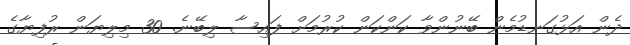
ދެން އަޅުގަނޑުމެން ބޭނުންވާ ކަންކަން ކުރުމަށް ފައިސާ ލިބޭނެ. 30 މިލިޔަން ރުފިޔާގެ